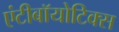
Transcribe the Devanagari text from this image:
एंटीबॉयोटिक्स